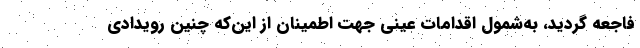
فاجعه گردید، به‌شمول اقدامات عینی جهت اطمینان از این‌که چنین رویدادی